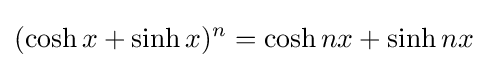
(\cosh x+\sinh x)^{n}=\cosh nx+\sinh nx